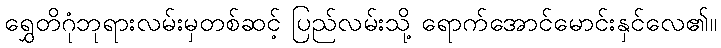
ရွှေတိဂုံဘုရားလမ်းမှတစ်ဆင့် ပြည်လမ်းသို့ ရောက်အောင်မောင်းနှင်လေ၏။